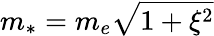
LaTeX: m_{*}=m_{e}\sqrt{1+\xi^{2}}